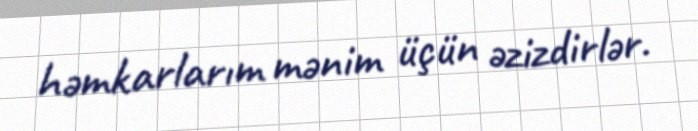
həmkarlarım mənim üçün əzizdirlər.